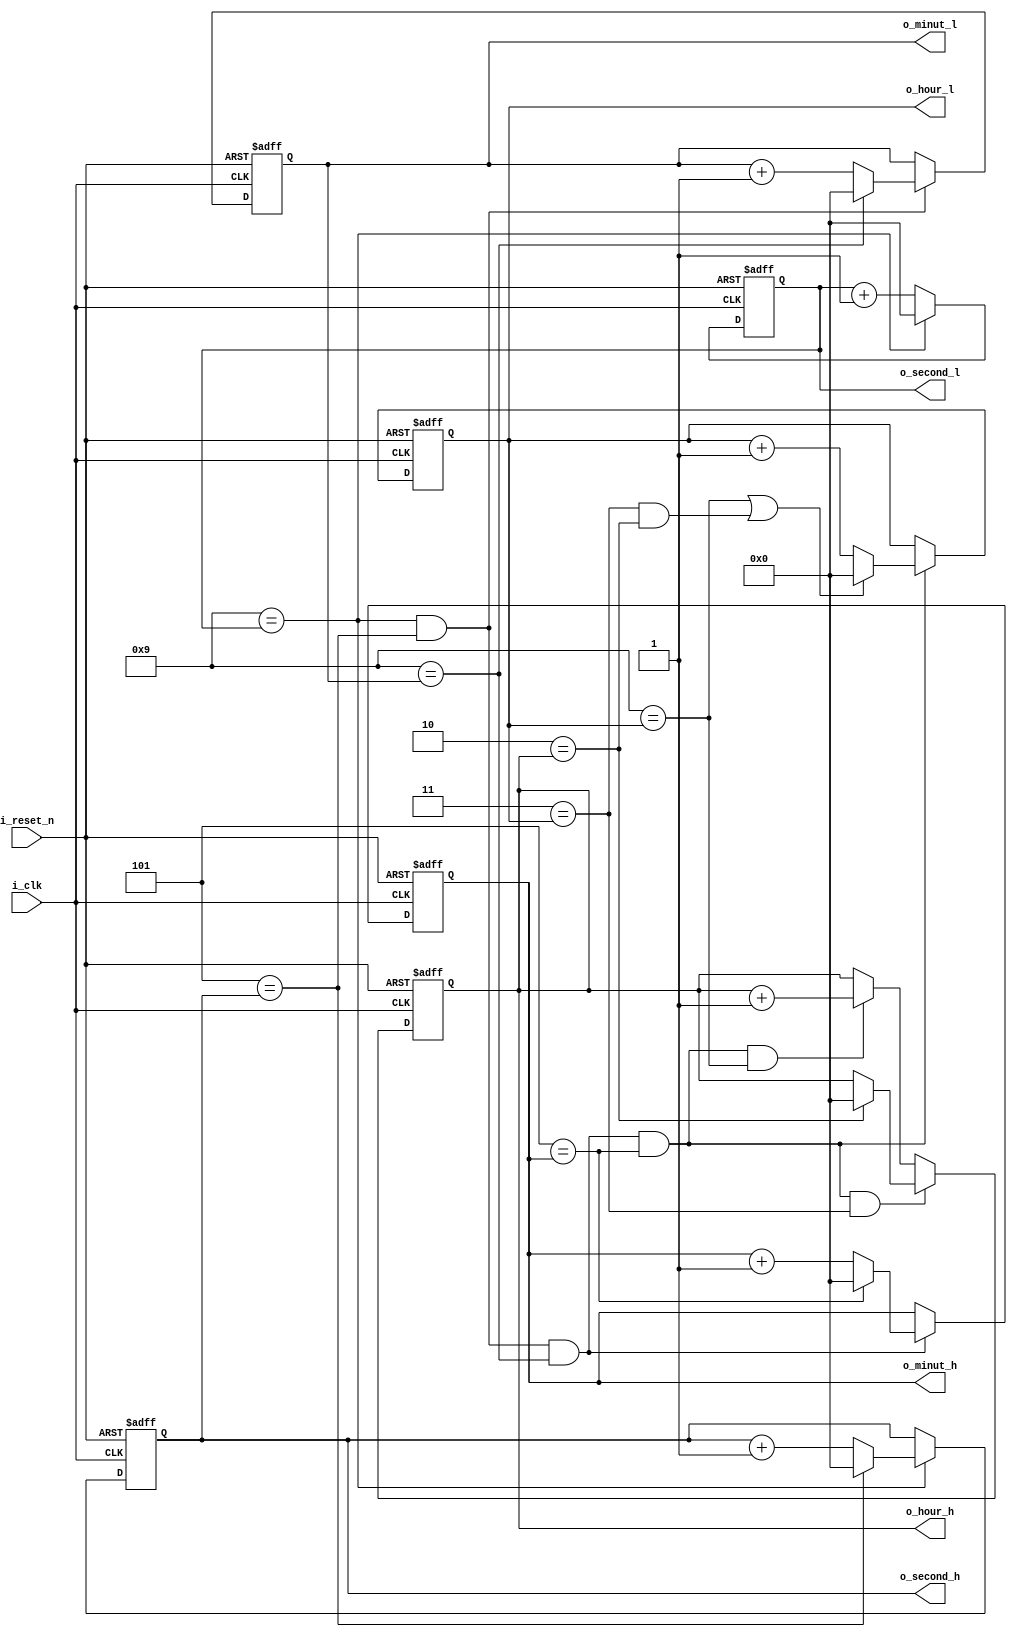
//*******************************FILE HEAD**************************************
//*********************Verilog HDL *********************
// FUNCTION        : 099
//                   
// AUTHOR          : 
// DATE & REVISION : 
// COMPANY         : Verilog HDL 
// UPDATE          :
//******************************************************************************
`timescale 1ns/1ns

module timer
    (
        input i_reset_n, //
        input i_clk, //
        
        output [3 : 0] o_hour_h,
        output [3 : 0] o_hour_l,
        output [3 : 0] o_minut_h,
        output [3 : 0] o_minut_l,
        output [3 : 0] o_second_h,
        output [3 : 0] o_second_l
    );
    
    //o_data
    reg [3 : 0] r_hour_h;
    reg [3 : 0] r_hour_l;
    reg [3 : 0] r_minut_h;
    reg [3 : 0] r_minut_l;
    reg [3 : 0] r_second_h;
    reg [3 : 0] r_second_l;
    
    
    assign o_hour_h = r_hour_h;
    assign o_hour_l = r_hour_l;
    assign o_minut_h = r_minut_h;
    assign o_minut_l = r_minut_l;
    assign o_second_h = r_second_h;
    assign o_second_l = r_second_l;    
    
    
    //
    always @(posedge i_clk, negedge i_reset_n) 
    begin
        if(1'b0 == i_reset_n)
            r_second_l <= 4'd0;
        else
            if(4'd9 == r_second_l)
                r_second_l <= 4'd0;
            else
                r_second_l <= r_second_l + 4'd1;
	end
	
	always @(posedge i_clk, negedge i_reset_n) 
    begin
        if(1'b0 == i_reset_n)
            r_second_h <= 4'd0;
        else
            if(4'd9 == r_second_l)
				if(4'd5 == r_second_h)
					r_second_h <= 4'd0;
				else
					r_second_h <= r_second_h + 4'd1;
	end
	
	always @(posedge i_clk, negedge i_reset_n) 
    begin
        if(1'b0 == i_reset_n)
            r_minut_l <= 4'd0;
        else
            if(4'd9 == r_second_l && 4'd5 == r_second_h)
                if(4'd9 == r_minut_l)
                    r_minut_l <= 4'd0;
                else
                    r_minut_l <= r_minut_l + 4'd1;
	end
	
	always @(posedge i_clk, negedge i_reset_n) 
    begin
        if(1'b0 == i_reset_n)
            r_minut_h <= 4'd0;
        else
            if(4'd9 == r_second_l && 4'd5 == r_second_h && 4'd9 == r_minut_l)
                if(4'd5 == r_minut_h)
                    r_minut_h <= 4'd0;
                else
                    r_minut_h <= r_minut_h + 4'd1;
	end
	
	always @(posedge i_clk, negedge i_reset_n) 
    begin
        if(1'b0 == i_reset_n)
            r_hour_l <= 4'd0;
        else
            if(4'd9 == r_second_l && 4'd5 == r_second_h && 4'd9 == r_minut_l && 4'd5 == r_minut_h)
                if(4'd9 == r_hour_l || (4'd3 == r_hour_l && 4'd2 == r_hour_h))
                    r_hour_l <= 4'd0;
                else
                    r_hour_l <= r_hour_l + 4'd1;
	end
	
	
	always @(posedge i_clk, negedge i_reset_n) 
    begin
        if(1'b0 == i_reset_n)
            r_hour_h <= 4'd0;
        else
            if(4'd9 == r_second_l && 4'd5 == r_second_h && 4'd9 == r_minut_l && 4'd5 == r_minut_h && 4'd3 == r_hour_l)
            begin
                if(4'd2 == r_hour_h )
                    r_hour_h <= 4'd0;
            end
            else 
            begin
                if(4'd9 == r_second_l && 4'd5 == r_second_h && 4'd9 == r_minut_l && 4'd5 == r_minut_h && 4'd9 == r_hour_l)
                    r_hour_h <= r_hour_h + 4'd1;
            end
	end

    
endmodule
// END OF timer.v FILE ***************************************************